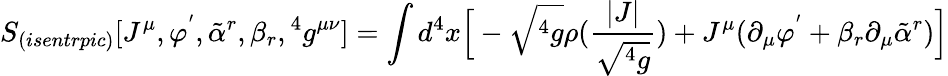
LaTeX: S_{(isentrpic)}[J^{\mu},\varphi^{'},{\tilde{\alpha}}^{r},\beta_{r},{}^{4}g^{\mu\nu}]=\int d^{4}x\Big[-\sqrt{{}^{4}g}\rho({\frac{|J|}{\sqrt{{}^{4}g}}})+J^{\mu}(\partial_{\mu}\varphi^{'}+\beta_{r}\partial_{\mu}{\tilde{\alpha}}^{r})\Big]